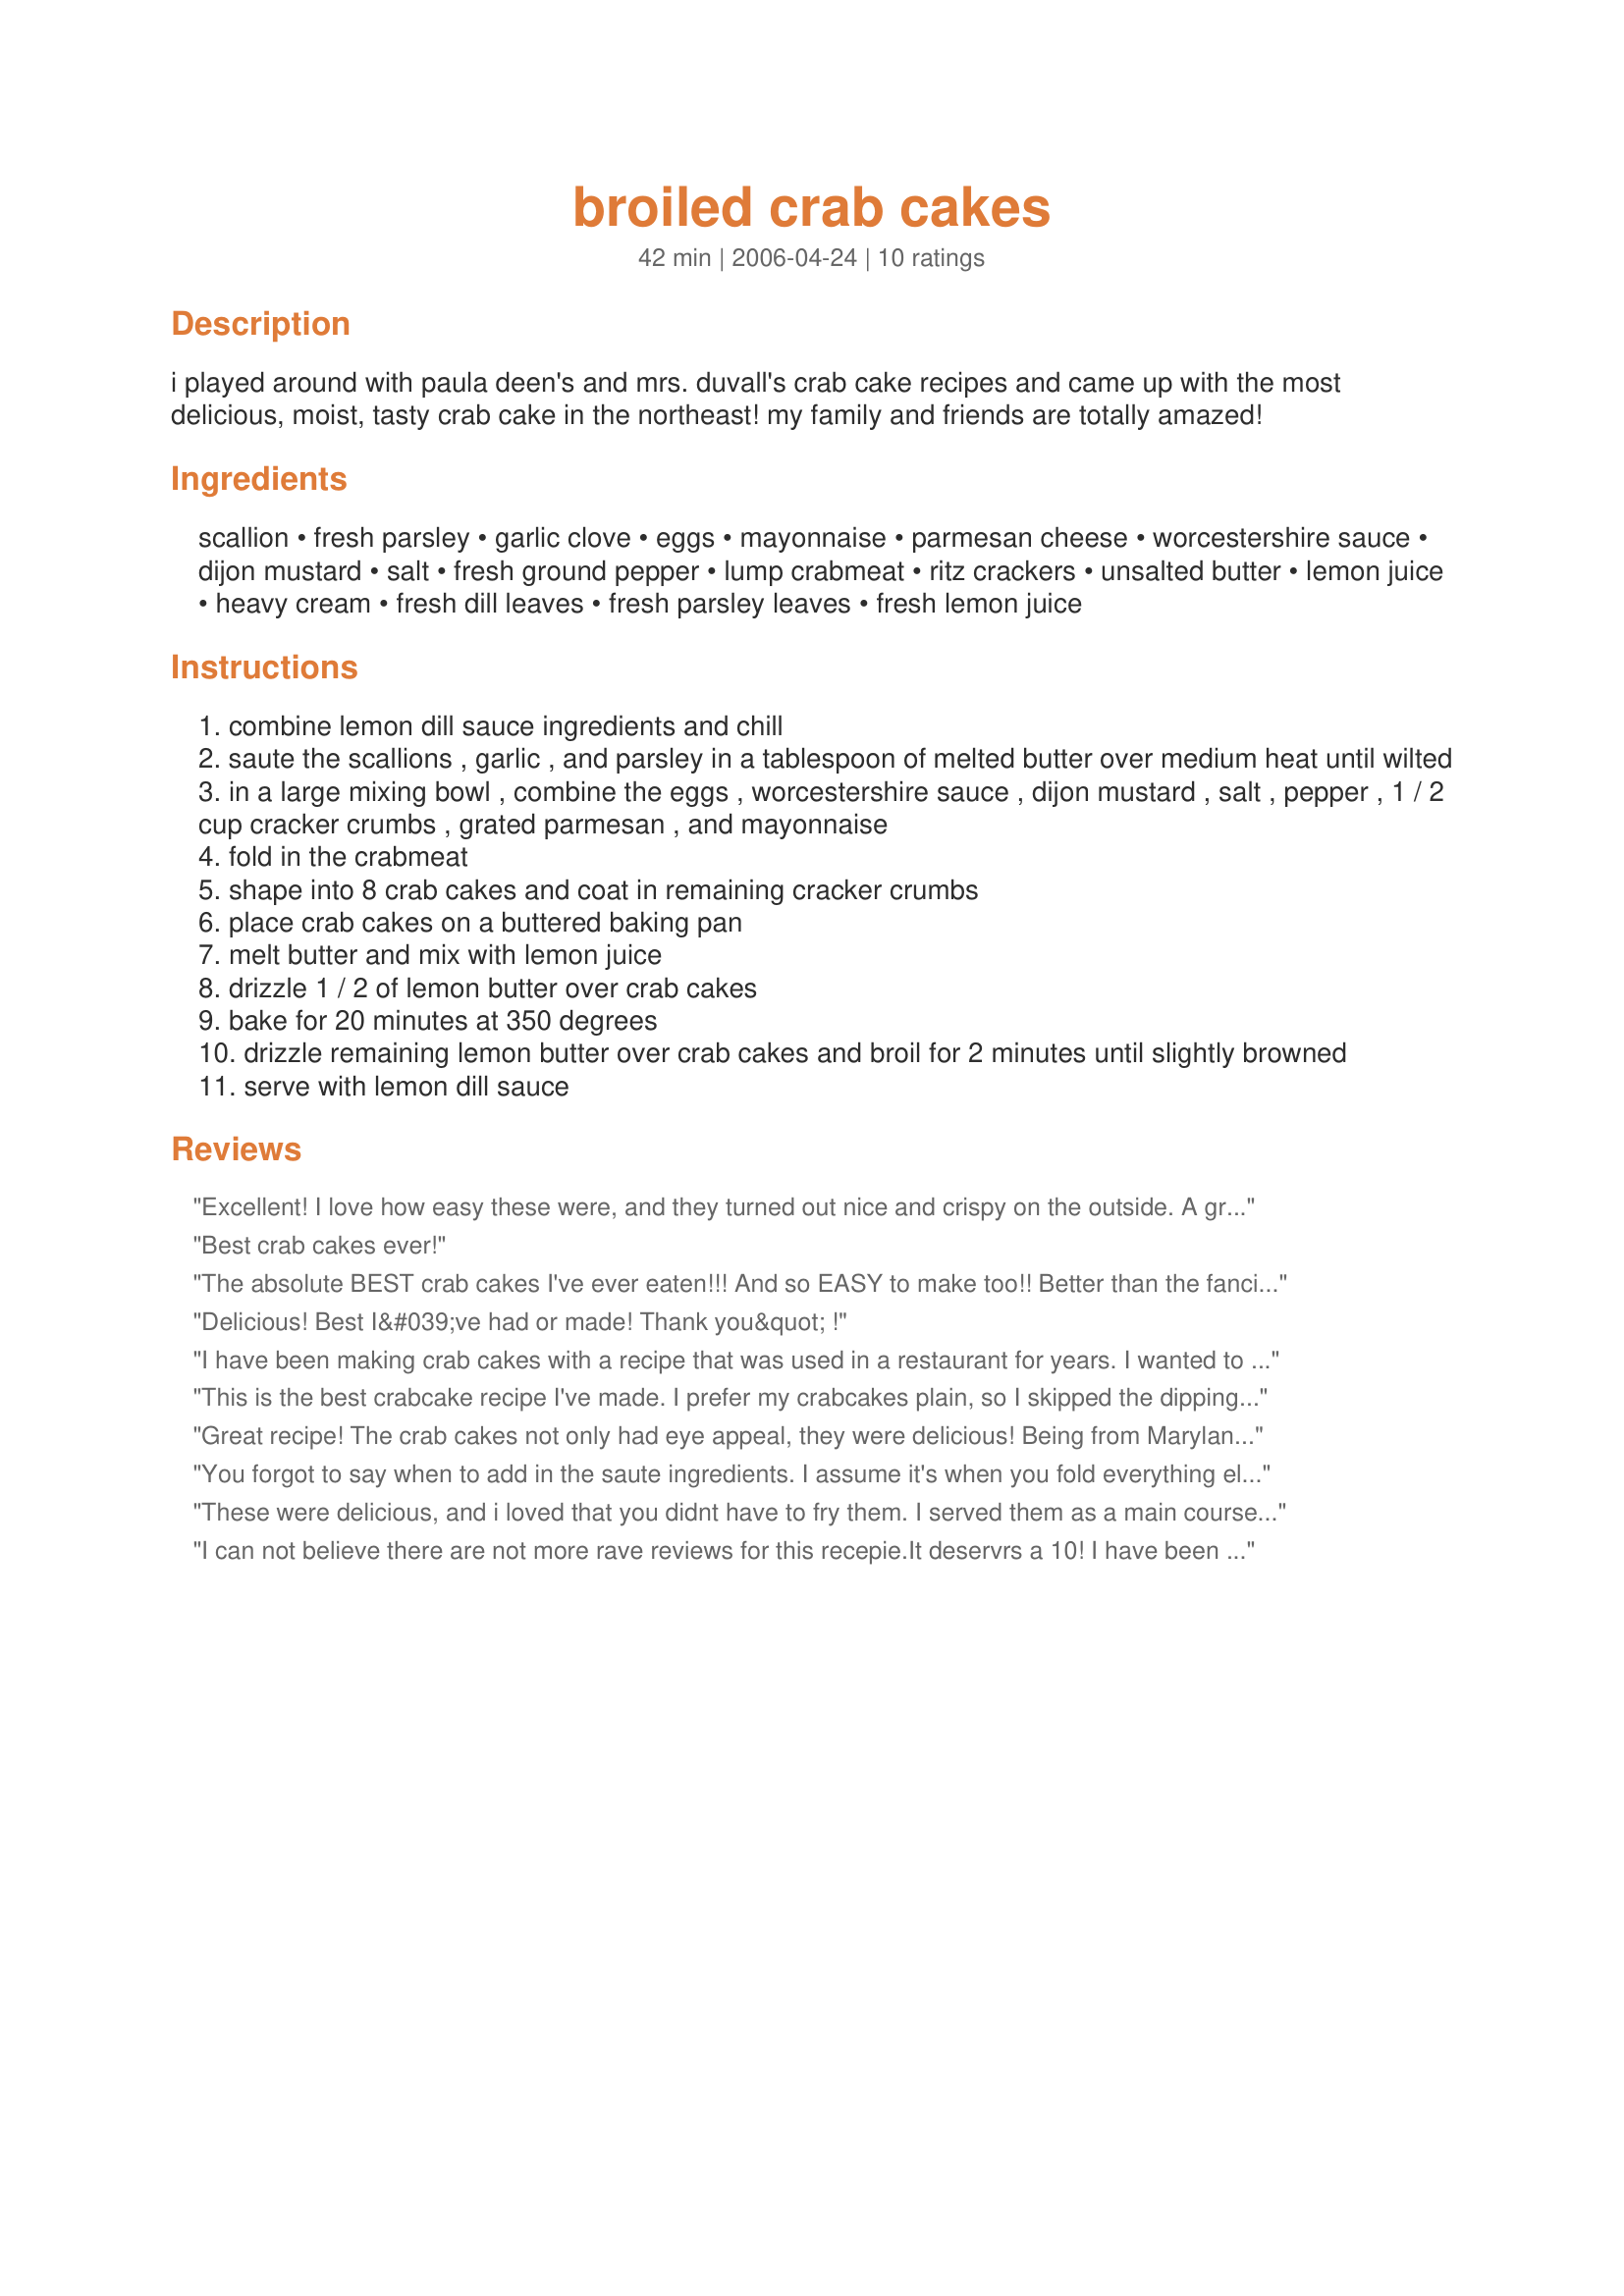
broiled crab cakes
Preparation time: 42 minutes

i played around with paula deen's and mrs. duvall's crab cake recipes and came up with the most delicious, moist, tasty crab cake in the northeast! my family and friends are totally amazed!

Ingredients:
scallion, fresh parsley, garlic clove, eggs, mayonnaise, parmesan cheese, worcestershire sauce, dijon mustard, salt, fresh ground pepper, lump crabmeat, ritz crackers, unsalted butter, lemon juice, heavy cream, fresh dill leaves, fresh parsley leaves, fresh lemon juice

Steps:
combine lemon dill sauce ingredients and chill
saute the scallions , garlic , and parsley in a tablespoon of melted butter over medium heat until wilted
in a large mixing bowl , combine the eggs , worcestershire sauce , dijon mustard , salt , pepper , 1 / 2 cup cracker crumbs , grated parmesan , and mayonnaise
fold in the crabmeat
shape into 8 crab cakes and coat in remaining cracker crumbs
place crab cakes on a buttered baking pan
melt butter and mix with lemon juice
drizzle 1 / 2 of lemon butter over crab cakes
bake for 20 minutes at 350 degrees
drizzle remaining lemon butter over crab cakes and broil for 2 minutes until slightly browned
serve with lemon dill sauce

Reviews:
Excellent! I love how easy these were, and they turned out nice and crispy on the outside. A great bonus with these vs. pan fried is that you have all of them finished at exactly the same time, without having to do them in batches. Very good flavors. I served these with a creamy pesto sauce - yummy!
Best crab cakes ever!
The absolute BEST crab cakes I've ever eaten!!! And so EASY to make too!! Better than the fanciest seafood joint in town.
Delicious! Best I&#039;ve had or made! Thank you&quot;
!
I have been making crab cakes with a recipe that was used in a restaurant for years. I wanted to try something different that didn't have to be fried. I followed the recipe exactly as written. My family loved these crab cakes and they were so easy to make. I also made the dill sauce which was a nice accompaniment. My adult son said these were the best crab cakes I have ever made so I am going to have to keep this recipe and tell you to give them a try you won't be dissapointed. Thanks for sharing
This is the best crabcake recipe I've made. I prefer my crabcakes plain, so I skipped the dipping sauce. When making the crabcakes, I omitted the mustard and added about a 1/2 tsp. of old bay instead. I've made these with and without the parmesan cheese, both with excellent results. To cut back on fat and calories, I use egg beaters, light mayo and I reduce the amount of butter to only one tablespoon, since the ritz crackers brown nicely on their own. I love it when a recipe is wonderful as written, and just as good with when made lower calorie. Thanks!
Great recipe! The crab cakes not only had eye appeal, they were delicious! Being from Maryland, I had to add a teaspoon of Old Bay to the crab meat - I also added chopped red pepper to the sauted veges. And I only used 1 egg. Mmmmm...good!

Jennifer M.
You forgot to say when to add in the saute ingredients. I assume it's when you fold everything else together? Making these tonight
These were delicious, and i loved that you didnt have to fry them. I served them as a main course with new potatoes and a green salad.
I made Louis sauce from recipe #50649 which we loved.
I can not believe there are not more rave reviews for this recepie.It deservrs a 10! I have been making them for over a year now and they are always a hit! Easy to assemble and no mess w/ frying. I too omit the mustard and add 1 t Old Bay. Making them this weekend for a surf n' turf dinner at Broadkill Beach in De. Thanks so much for sharing Jessica.
